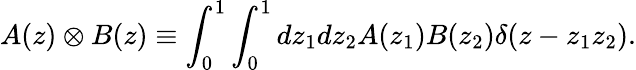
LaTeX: A(z)\otimes B(z)\equiv\int_{0}^{1}\int_{0}^{1}dz_{1}dz_{2}A(z_{1})B(z_{2})\delta(z-z_{1}z_{2}).